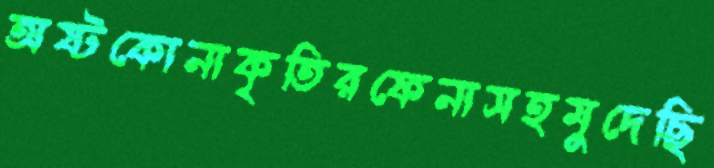
অষ্টকোনাকৃতিরফেনাসহমুদেছি